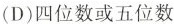
(D)四位数或五位数